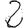
Digit: 2